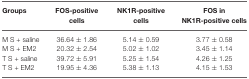
<table><thead><tr><td><b>Groups</b></td><td><b>FOS-positive cells</b></td><td><b>NK1R-positive cells</b></td><td><b>FOS in NK1R-positive cells</b></td></tr></thead><tbody><tr><td>M S + saline</td><td>36.64 ± 1.86</td><td>5.14 ± 0.59</td><td>3.77 ± 0.58</td></tr><tr><td>M S + EM2</td><td>20.32 ± 2.54</td><td>5.02 ± 1.02</td><td>3.45 ± 1.14</td></tr><tr><td>T S + saline</td><td>39.72 ± 5.91</td><td>5.25 ± 1.54</td><td>4.26 ± 1.25</td></tr><tr><td>T S + EM2</td><td>19.95 ± 4.36</td><td>5.38 ± 1.13</td><td>4.15 ± 1.53</td></tr></tbody></table>